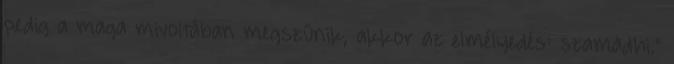
pedig a maga mivoltában megszűnik, akkor az elmélyedés: szamádhi."